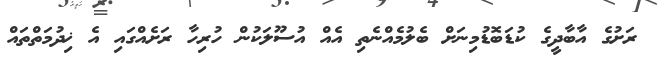
ރަށުގެ އާބާދީގެ ކުޑަބޮޑުމިނަށް ބެލުމެއްނެތި އެއް އުސޫލަކުން ހުރިހާ ރަށެއްގައި އެ ޚިދުމަތްތައް